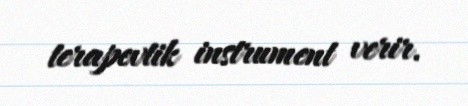
terapevtik instrument verir.